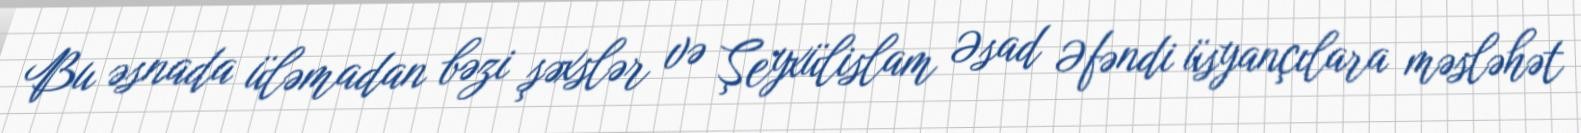
Bu əsnada üləmadan bəzi şəxslər və Şeyxülislam Əsad Əfəndi üsyançılara məsləhət